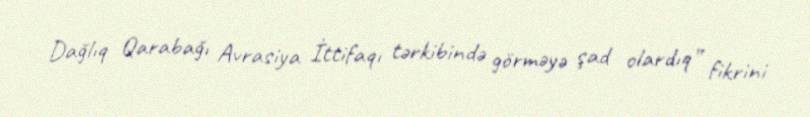
Dağlıq Qarabağı Avrasiya İttifaqı tərkibində görməyə şad olardıq” fikrini